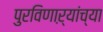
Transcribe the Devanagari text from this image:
पुरविणाऱ्यांच्या